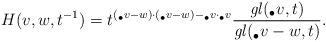
LaTeX: \begin{align*}H(v,w,t^{-1}) = t^{(_{\bullet}v-w)\cdot (_{\bullet}v-w) - _{\bullet}v\cdot _{\bullet}v} \frac{\mathit{gl}(_{\bullet}v, t)}{\mathit{gl}(_{\bullet}v - w, t)}.\end{align*}